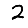
Digit: 2